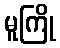
မူကြို